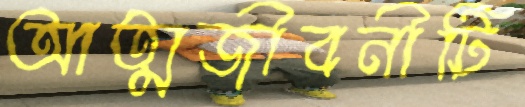
আত্মজীবনীটি